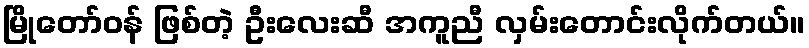
မြိုတော်ဝန် ဖြစ်တဲ့ ဦးလေးဆီ အကူညီ လှမ်းတောင်းလိုက်တယ်။